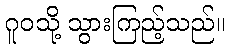
ဂူဝသို့ သွားကြည့်သည်။